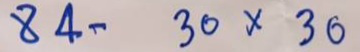
84 - 30 x 30